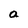
Character: a